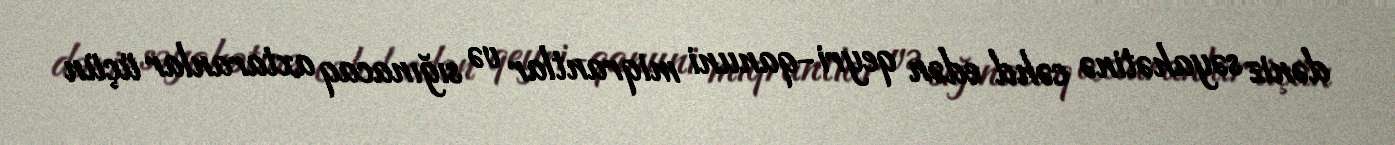
dəniz səyahətinə cəhd edən qeyri-qanuni miqrantlar və sığınacaq axtaranlar üçün